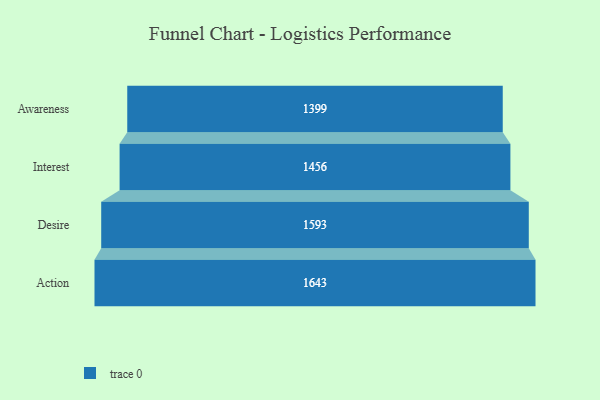
{"axis": {"x": "Stage", "y": "Value"}, "legend": [""], "data": [{"x": "Awareness", "y": 1399.0, "type": ""}, {"x": "Interest", "y": 1456.0, "type": ""}, {"x": "Desire", "y": 1593.0, "type": ""}, {"x": "Action", "y": 1643.0, "type": ""}]}